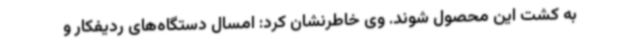
به کشت این محصول شوند. وی خاطرنشان کرد: امسال دستگاه‌های ردیفکار و